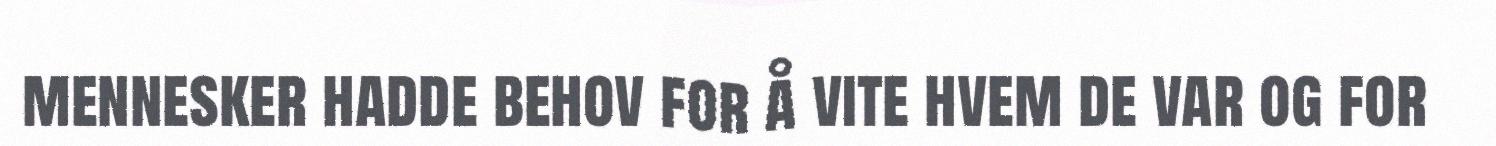
mennesker hadde behov for å vite hvem de var og for